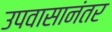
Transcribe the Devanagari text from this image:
उपवासानंतर